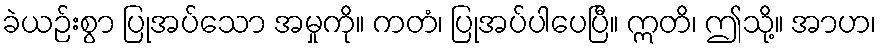
ခဲယဉ်းစွာ ပြုအပ်သော အမှုကို။ ကတံ၊ ပြုအပ်ပါပေပြီ။ ဣတိ၊ ဤသို့။ အာဟ၊